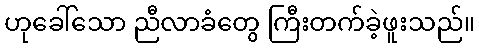
ဟုခေါ်သော ညီလာခံတွေ ကြီးတက်ခဲ့ဖူးသည်။